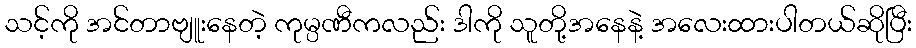
သင့်ကို အင်တာဗျူးနေတဲ့ ကုမ္ပဏီကလည်း ဒါကို သူတို့အနေနဲ့ အလေးထားပါတယ်ဆိုပြီး